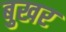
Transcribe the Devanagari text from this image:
बुखर